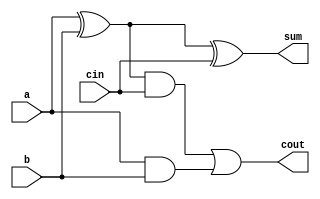
module fullAdder (a,b,cin,sum,cout);
    input wire  a;
    input wire  b;
    input wire cin;
    output wire sum;
    output wire cout;

wire temp;
assign temp= a^b;

assign sum= temp ^ cin;
assign cout= (temp & cin) || a&b;
    
endmodule

module carry_select_4bit(a,b,cin,result,cout);

input [3:0]a,b;
input cin;
output[3:0]result;
output cout;

wire [3:0] t;
wire [3:0] y;
wire c1,c2,c3,c4,c5,c6,c7,c8;


fullAdder F1(a[0],b[0],1'b0,t[0],c1);
fullAdder F2(a[1],b[1],c1,t[1],c2);
fullAdder F3(a[2],b[2],c2,t[2],c3);
fullAdder F4(a[3],b[3],c3,t[3],c4);


fullAdder F5(a[0],b[0],1'b1,y[0],c5);
fullAdder F6(a[1],b[1],c5,y[1],c6);
fullAdder F7(a[2],b[2],c6,y[2],c7);
fullAdder F8(a[3],b[3],c7,y[3],c8);

assign cout=cin? c8:c4;
assign result=cin?y:t;

endmodule


module carrySelectAdder(a,b,cin,result,cout,overflow);
input [31:0]a,b;
input cin;
output[31:0]result;
output cout;
output overflow;


wire c1,c2,c3,c4,c5,c6,c7,c8;

carry_select_4bit CSL1(a[3:0],b[3:0],cin,result[3:0],c1);
carry_select_4bit CSL2(a[7:4],b[7:4],c1,result[7:4],c2);
carry_select_4bit CSL3(a[11:8],b[11:8],c2,result[11:8],c3);
carry_select_4bit CSL4(a[15:12],b[15:12],c3,result[15:12],c4);
carry_select_4bit CSL5(a[19:16],b[19:16],c4,result[19:16],c5);
carry_select_4bit CSL6(a[23:20],b[23:20],c5,result[23:20],c6);
carry_select_4bit CSL7(a[27:24],b[27:24],c6,result[27:24],c7);
carry_select_4bit CSL8(a[31:28],b[31:28],c7,result[31:28],cout);

assign overflow=(a[31]~^b[31])&(result[31]!=a[31]);

endmodule